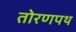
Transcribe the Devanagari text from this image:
तोरणपथ